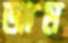
জাম